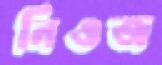
নিওজ